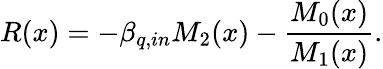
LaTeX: R(x)=-\beta_{q,in}M_{2}(x)-\frac{M_{0}(x)}{M_{1}(x)}.